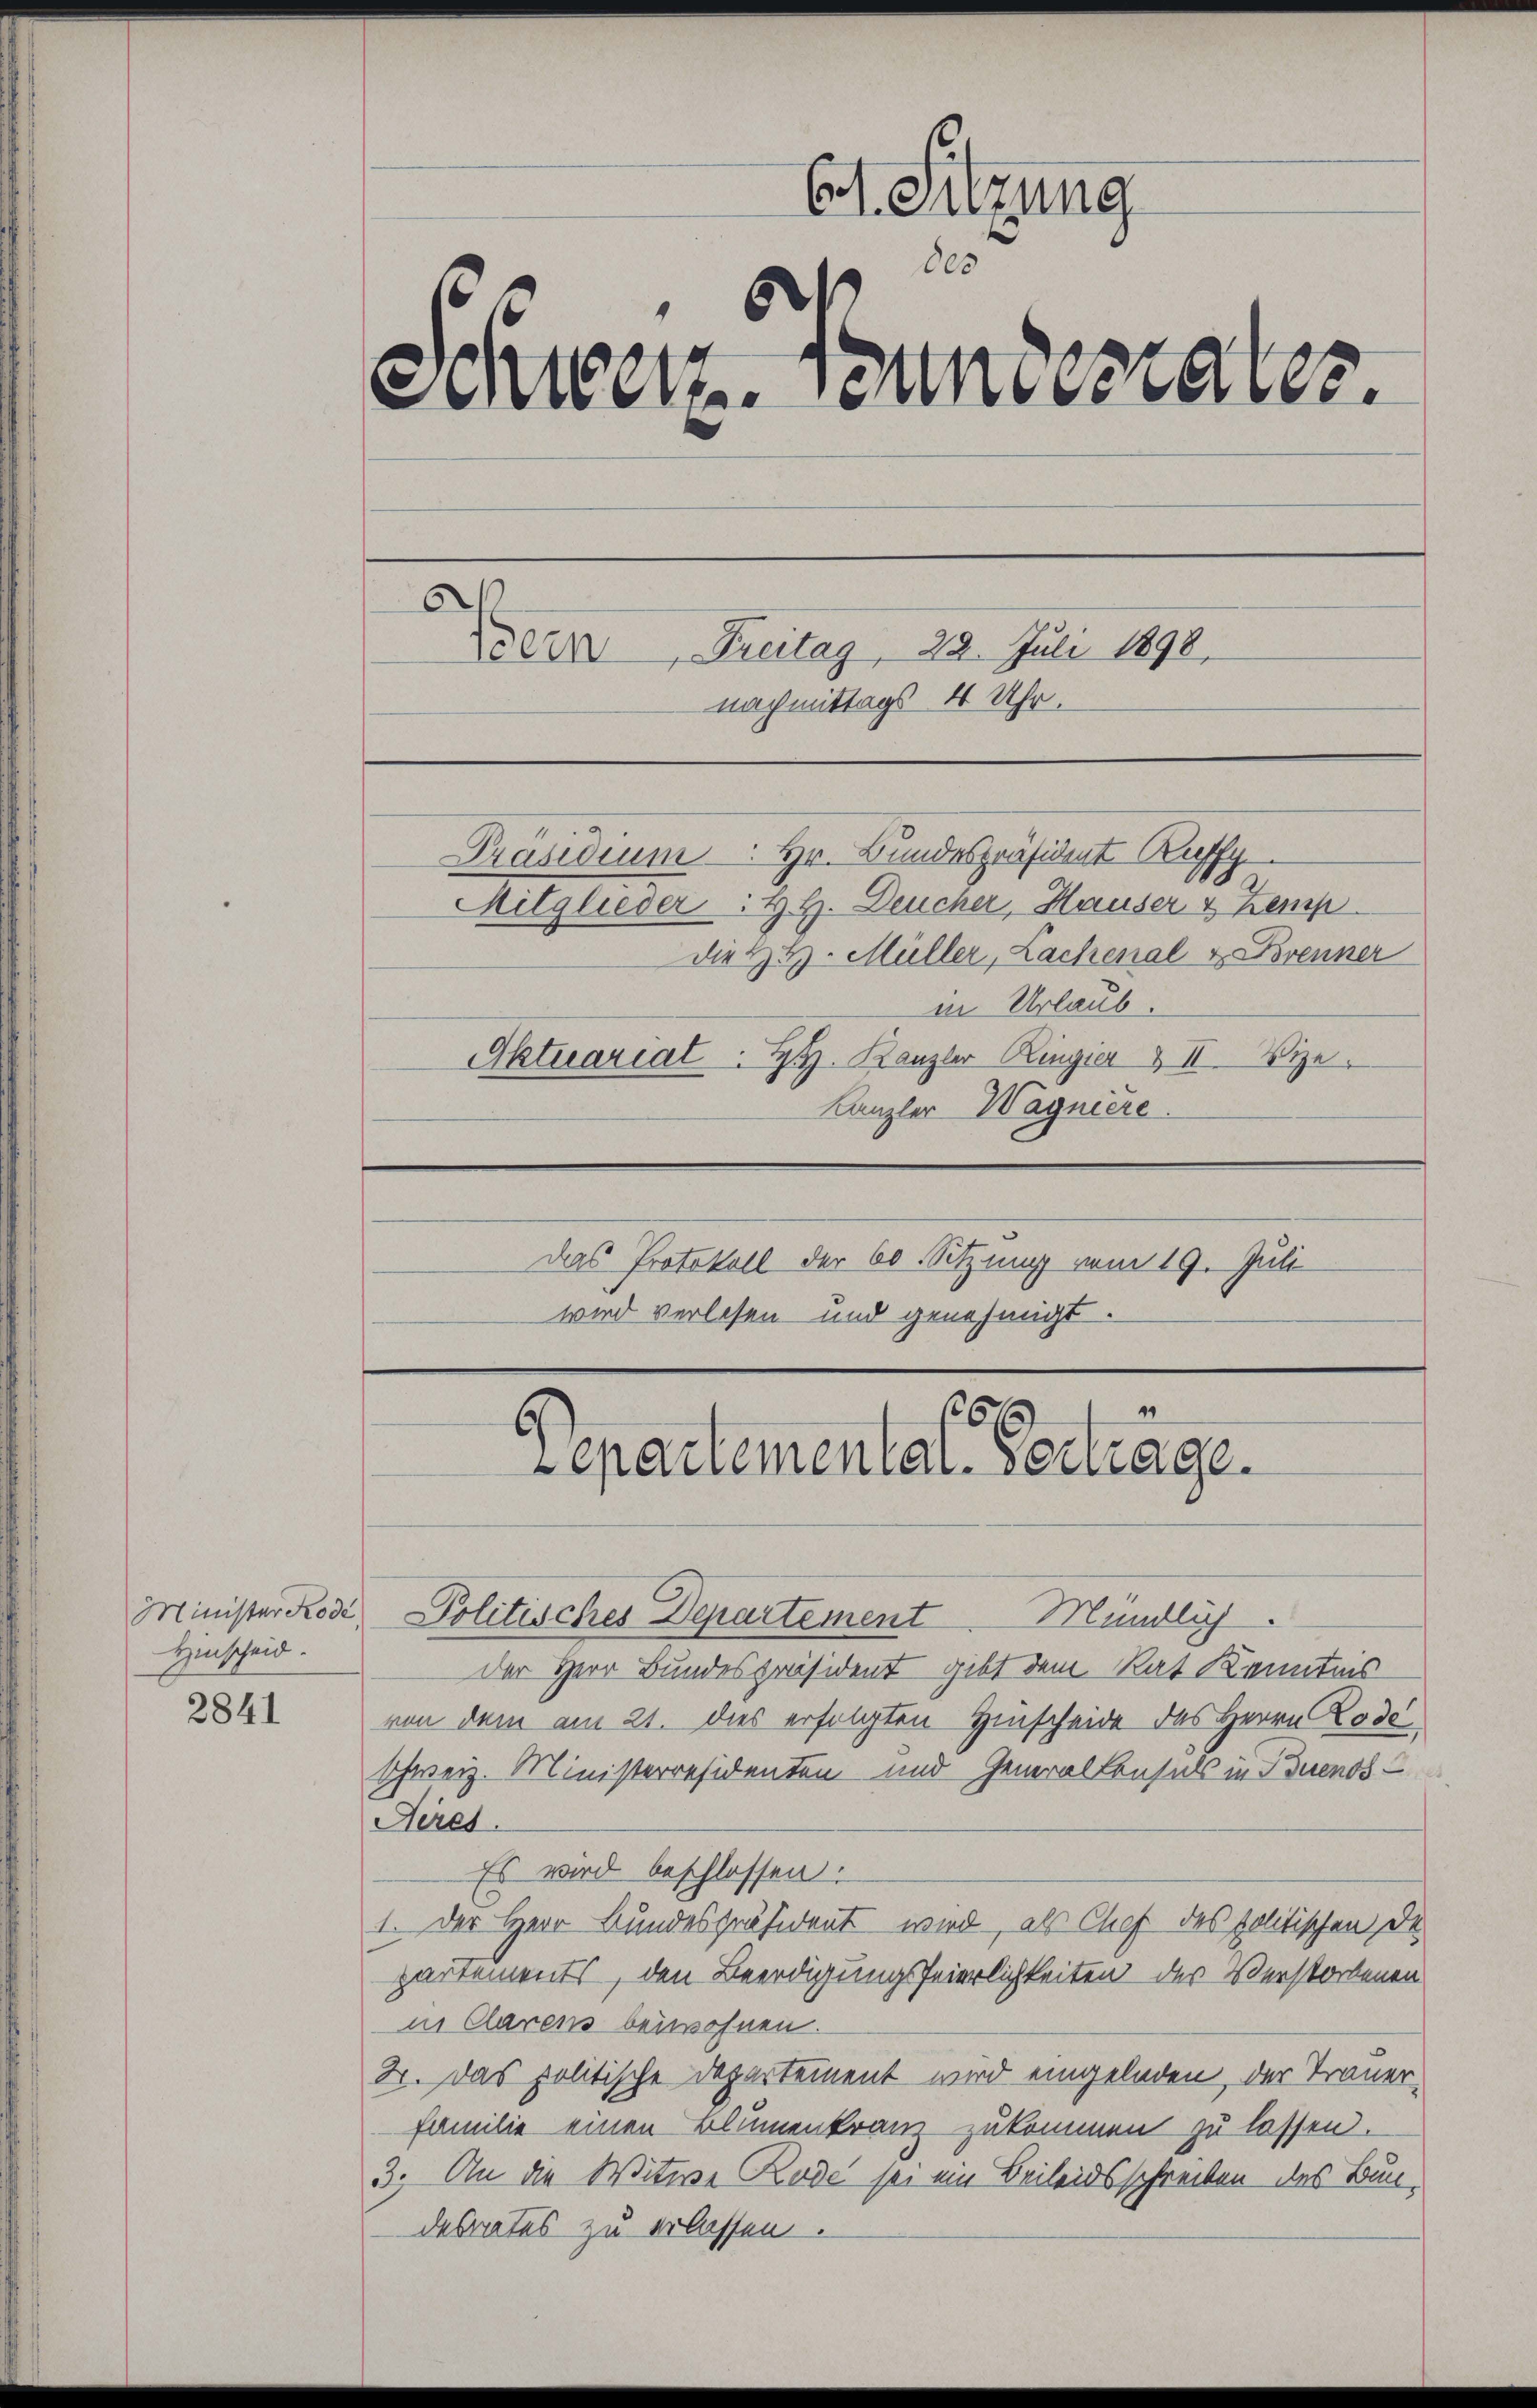
Hinscheid.
2841

Minister Rose Politisches Departement
Mündlich
der Herr Bundespräsident gibt dem Rat Kenntnis
von dem am 21. dies erfolgten Hinscheide des Herrn Lode
Schweiz. Ministerresidenten und Generalkonsuls in Buenos
Heres.
Es wird beschlossen.
I. Der Herr Bundespräsident wird, als Chef des politischen De
partements, den Beerdigungsfeierlichkeiten der Verstorbenen
in Clarens beiwohnen.
2. Das politische Departement wird eingeladen, der Trauer,
Familie einen Blumenkranz zukommen zu lassen.
3. An die Witwe Rade sei ein Beileidsschreiben des Bundesrates zu erlassen.

6. Sitzung
des
Schweiz. Bundesrates.
Boern Freitag 22. Juli 1890.
nachmittags 4 Uhr.

wird verlesen und genehmigt.

8

Präsidium. Hr. Bundespräsident Kaff
Mitglieder : H. H. Deucher, Hauser & Kemp
Die Hr. Müller, Lachenal & Brenner
in Urlaub.
Aktuariat Hr. Kanzler Ringier & II. Vize
Kanzler Wagniere.

Das Protokoll der 60. Sitzung vom 19. Juli

4
16
Lepartemental-Vertrage.